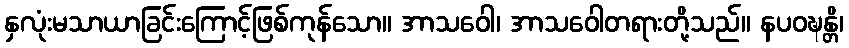
နှလုံးမသာယာခြင်းကြောင့်ဖြစ်ကုန်သော။ အာသဝေါ၊ အာသဝေါတရားတို့သည်။ နပဝဍ္ဎန္တိ၊